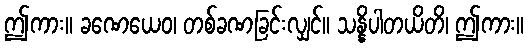
ဤကား။ ခဏေယေဝ၊ တစ်ခဏခြင်းလျှင်။ သန္နိပါတယိတိ၊ ဤကား။